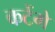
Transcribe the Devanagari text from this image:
कटेंगे